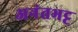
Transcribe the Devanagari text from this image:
अनंतभट्ट